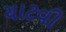
ચાટવી